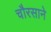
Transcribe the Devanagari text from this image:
चौरसाने